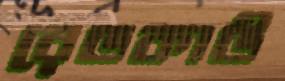
রেডকাউ